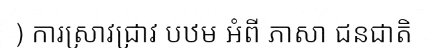
) ការស្រាវជ្រាវ បឋម អំពី ភាសា ជនជាតិ